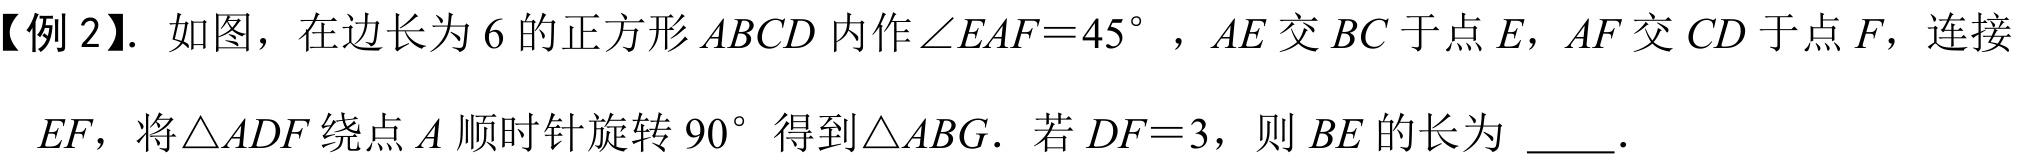
【例 2】. 如图，在边长为\(6\)的正方形\(ABCD\)内作\(\angle EAF = 45^{\circ}\)，\(AE\)交\(BC\)于点\(E\)，\(AF\)交\(CD\)于点\(F\)，连接\(EF\)，将\(\triangle ADF\)绕点\(A\)顺时针旋转\(90^{\circ}\)得到\(\triangle ABG\). 若\(DF = 3\)，则\(BE\)的长为 \(\underline{\quad\quad}\).